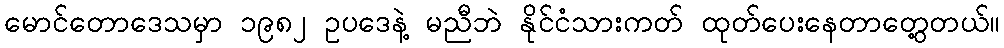
မောင်တောဒေသမှာ ၁၉၈၂ ဥပဒေနဲ့ မညီဘဲ နိုင်ငံသားကတ် ထုတ်ပေးနေတာတွေ့တယ်။